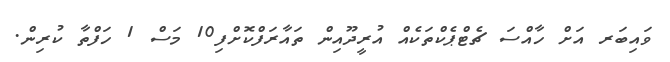
ވައިބަރ އަށް ހާއްސަ ޗެޓްޕެކްތަކެއް އުރީދޫއިން ތައާރަފްކޮށްފި10 މަސް 1 ހަފްތާ ކުރިން.